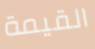
القيمة